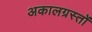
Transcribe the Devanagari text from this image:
अकालग्रस्तों